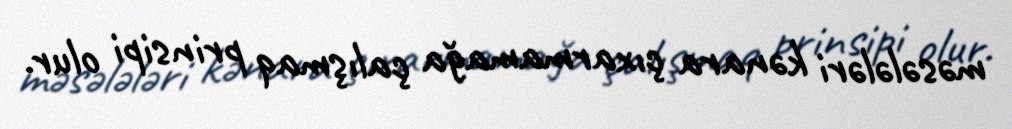
məsələləri kənara çıxarmamağa çalışmaq prinsipi olur.